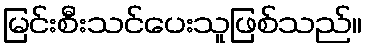
မြင်းစီးသင်ပေးသူဖြစ်သည်။